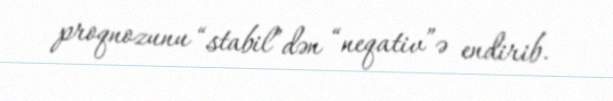
proqnozunu “stabil”dən “neqativ”ə endirib.